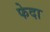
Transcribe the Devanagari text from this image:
फेदा